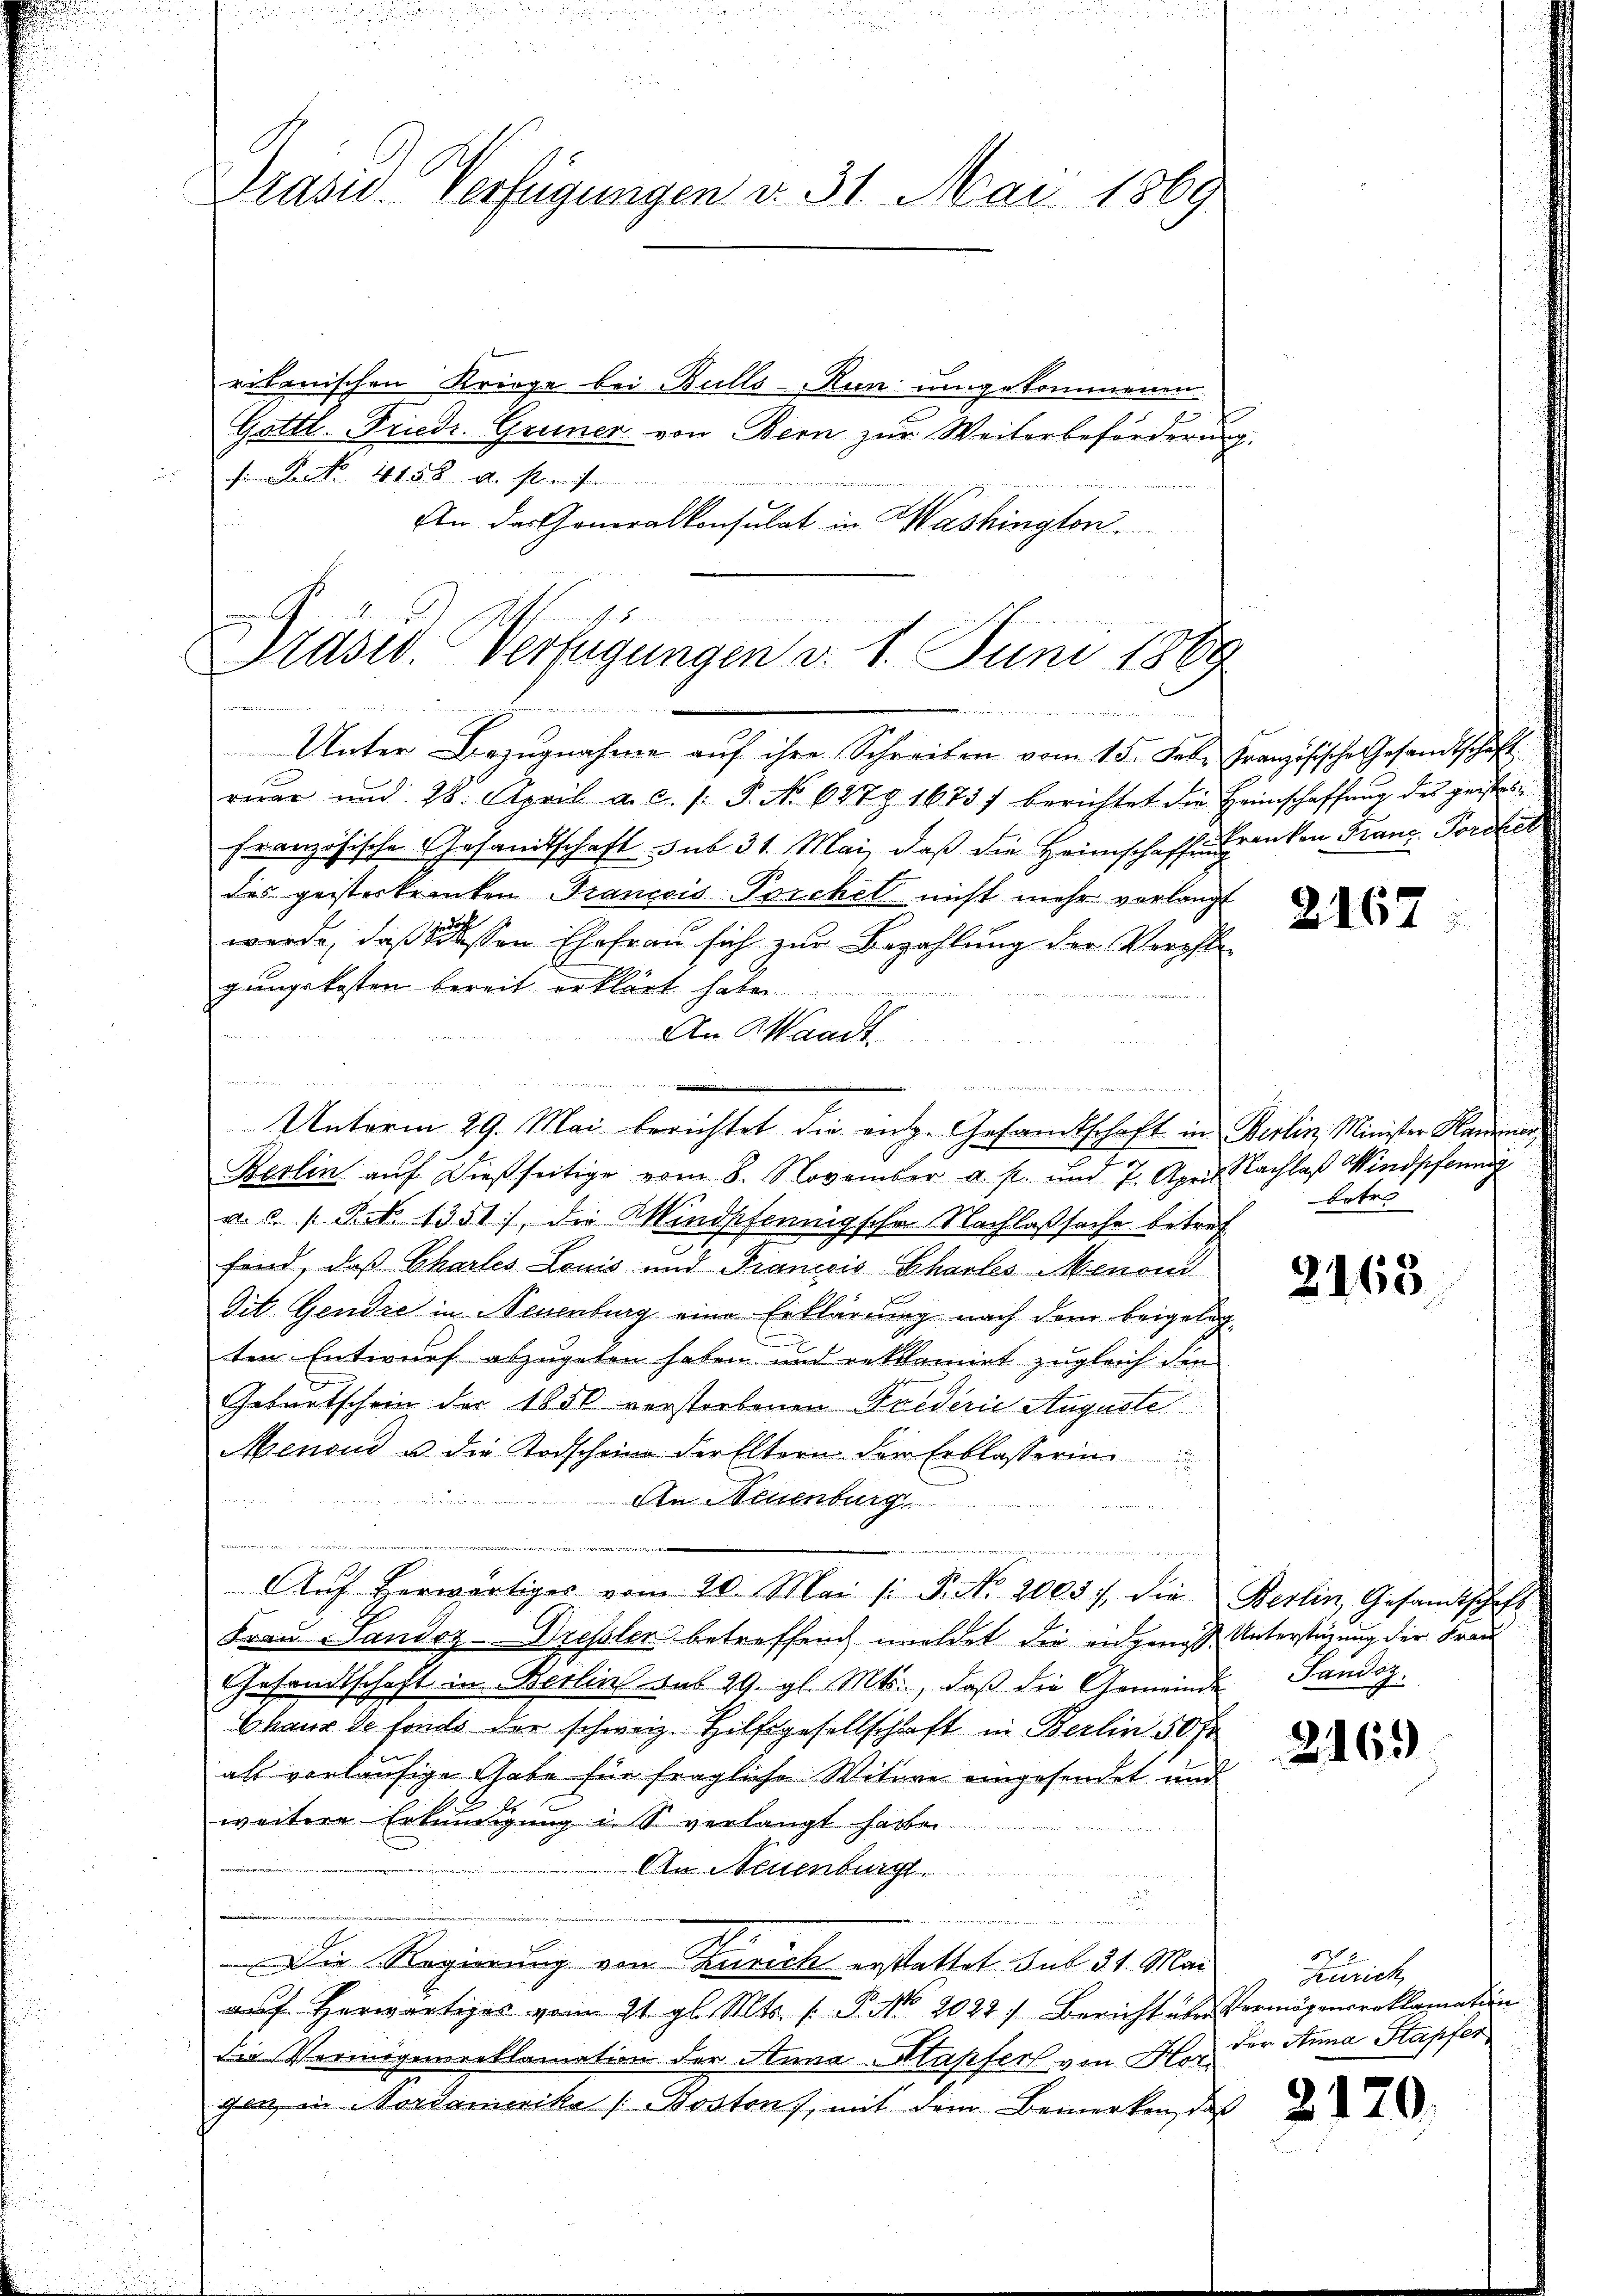
Präsid. Verfügungen v. 31. Mai 1869.

ritanischen Kriege bei Bulls-Run umgekommenen
Gottl. Friedr. Gruner von Bern zur Weiterbeförderung
 Den 4158 u. streichen
An das Generalkonsulat in Washington.

Druser. Verfügungen d. 1. Juni 1889
einmetzen genommen

Unter Bezugnahme auf ihre Schreiben vom 15. Feb. Französische Gesandtschaft
rŭar und 28. April a. c. s. S. No 6979 1673) berichtet die Heimschaffung des geistesfranzösischen Gesandtschaft sub 31. Mai, daβ die Heimschaffens danken Franz. Fordet
d
des geisterkennten Francois Porchel nicht mehr vorlangt
werde, daß dessen Ehefrau sich zur Bezahlung der Verstegangekosten bereit erklärt habe.
An Waadt.
u
Berlin auf dießseitige vom 8. November a. p. und 7. April Nachlaß Windpfang
a. c. s. Zt. 1351), die Windscheinig sche Nachlaßsache betref
fand, daß Chartes Louis und Francois Pharles Menon
dit. Gendre in Neuenburg eine Erklärung nach dem beigeleg
ten Entwurf abzugeben haben und reklamirt zugleich den
Geburtschein der 1850 verstorbenen Frederie Auguste
Menoud u. die Todscheine der Eltern der Erblasserin

An Neuenburge
n
u
Aŭf herwärtiges vom 20. Mai /: P. Nr. 2003), die Berlin, Gesamtschaft
Frau Sandez-Dressler betreffend meldet die eidgenosse Unterstüzung der Frau
Gesandtschaft in Berlin sub 29. gl. Mts., daβ die Gemeinde Sandsz
Chaux de fonds der schweiz. Hilfsgesellschaft in Berlin 50 fr
als vorläufige Thabe für fragliche Witure eingesendet und
weitere Erkundigung i. So verlangt haben
An Neuenburg.
Die Regierung von Zürich erstattet sub 31. Mai
auf herwärtiges vom 21. gl. Mts. f. P. No. 2022; Bericht über Vermögensreklamation
Die Vermögensreklamation der Anna Klapfers von Hor
ge in Vordamerika (Boston, mit dem Bemerken, daß

e

Unterm 29. Mai berichtet die enz. Gesandtschaft in Berlin, Minister Hanner,

216

Betra

2163

2163

Zürich
der Anna Stapfer

2120.